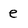
Character: e